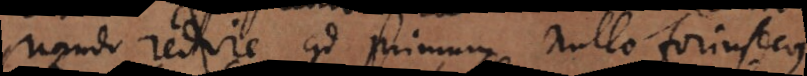
nando redire ad primum nullo forinsecus